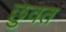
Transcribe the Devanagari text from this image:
छुवत